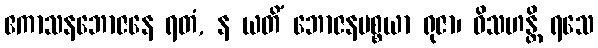
ဧကာသနဘောဇနေ ရတံ, န ယတိံ ဘောဇနပစ္စယာ ရုဇာ၊ ဝိသဟန္တိ ရသေ